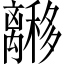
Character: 𬓟